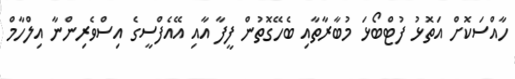
ހާއްސަކޮށް އަތޮޅު ފުޓްބޯޅަ މުބާރާތާއި ބެހޭގޮތުން ފީފާ އާއި އޭއެފްސީގެ އިސްވެރިންނާ އިލްހާމް